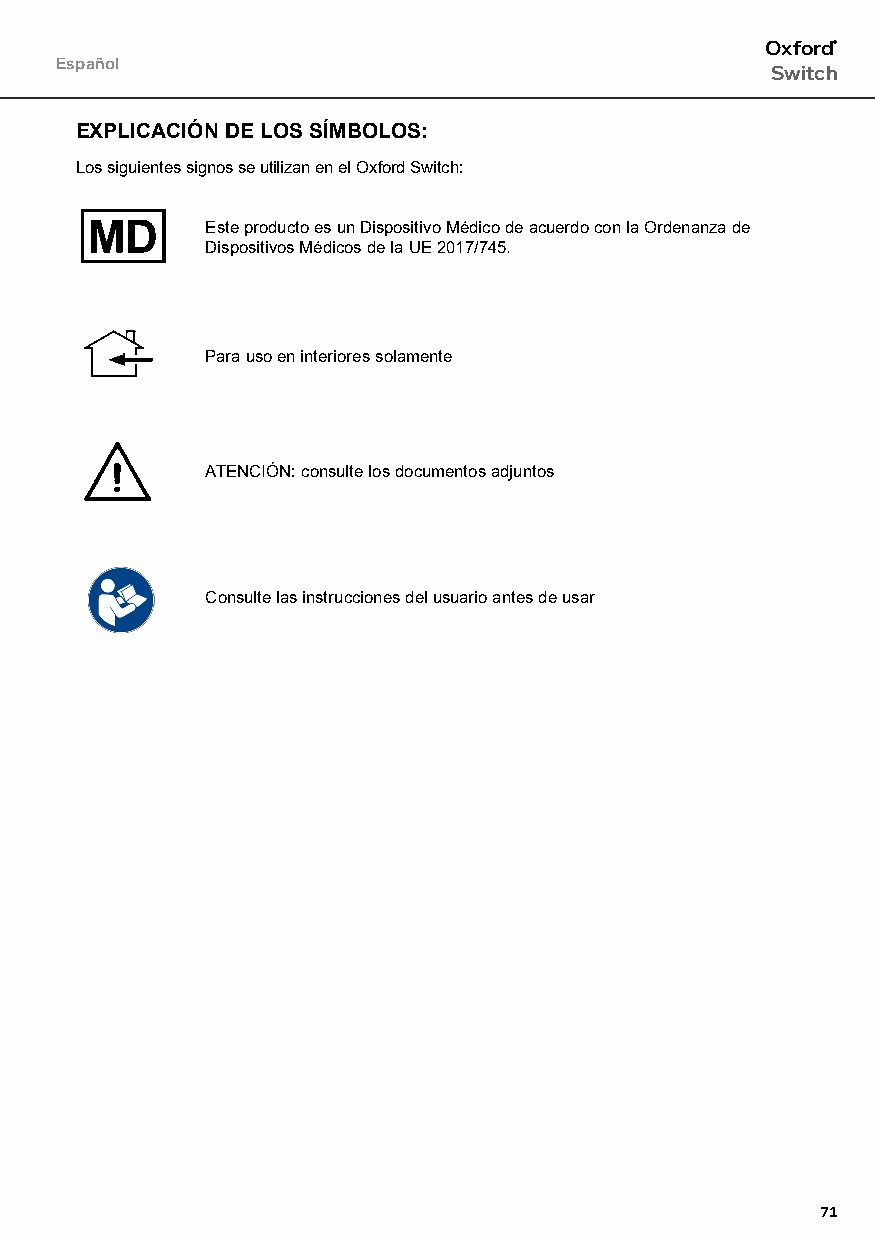
Oxford®
 Español
 Switch
 EXPLICACIÓN DE LOS SÍMBOLOS:
 Los siguientes signos se utilizan en el Oxford Switch:
 Este producto es un Dispositivo Médico de acuerdo con la Ordenanza de
 Dispositivos Médicos de la UE 2017/745.
 Para uso en interiores solamente
 ATENCIÓN: consulte los documentos adjuntos
 Consulte las instrucciones del usuario antes de usar
 71